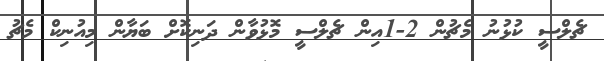
ޗެލްސީ ކުޅުނު މެޗުން 2-1އިން ޗެލްސީ މޮޅުވާން ދަނިކޮށް ބަޔާން މިއުނިކް މެޗު